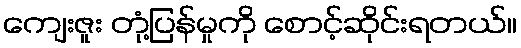
ကျေးဇူး တုံ့ပြန်မှုကို စောင့်ဆိုင်းရတယ်။